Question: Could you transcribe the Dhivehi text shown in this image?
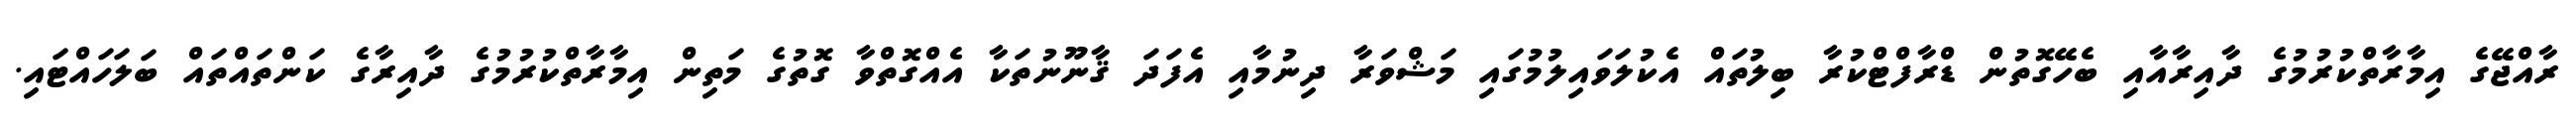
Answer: ރާއްޖޭގެ އިމާރާތްކުރުމުގެ ދާއިރާއާއި ބެހޭގޮތުން ޑްރާފްޓްކުރާ ބިލުތައް އެކުލަވައިލުމުގައި މަޝްވަރާ ދިނުމާއި އެފަދަ ޤާނޫނުތަކާ އެއްގޮތްވާ ގޮތުގެ މަތިން އިމާރާތްކުރުމުގެ ދާއިރާގެ ކަންތައްތައް ބަލަހައްޓައި.